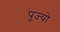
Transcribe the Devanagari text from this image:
पूज्‍यो